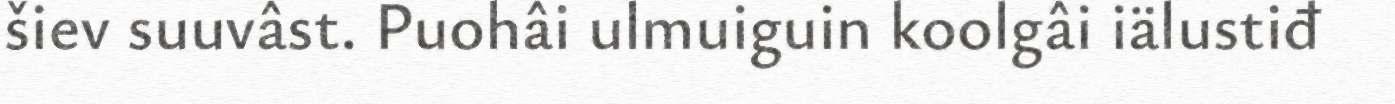
šiev suuvâst. Puohâi ulmuiguin koolgâi iälustiđ